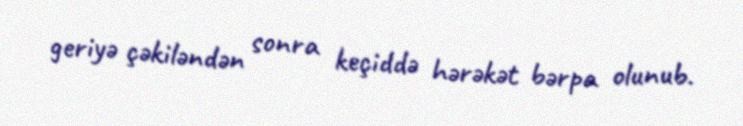
geriyə çəkiləndən sonra keçiddə hərəkət bərpa olunub.